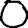
Digit: 0